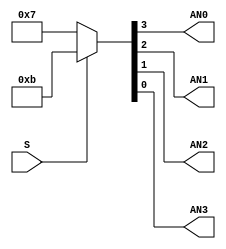
//modulo seletor entre dois displays de sete segmentos
module Decod1x2(S,AN0,AN1,AN2,AN3);
	input S;
	output AN0,AN1,AN2,AN3; 
	assign {AN0,AN1,AN2,AN3}=S?(4'b1011):(4'b0111);
	
endmodule